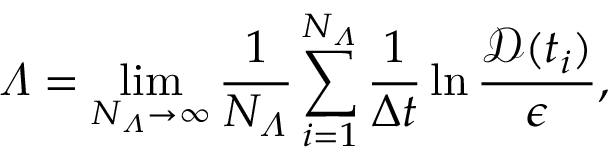
\varLambda = \operatorname* { l i m } _ { N _ { \varLambda } \to \infty } \frac { 1 } { N _ { \varLambda } } \sum _ { i = 1 } ^ { N _ { \varLambda } } \frac { 1 } { \Delta t } \ln \frac { \mathscr { D } ( t _ { i } ) } { \epsilon } ,